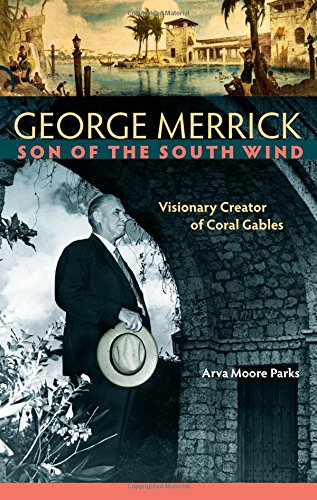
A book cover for George Merrick, Son of the South Wind: Visionary Creator of Coral Gables; Arva Moore Parks; Arts & Photography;